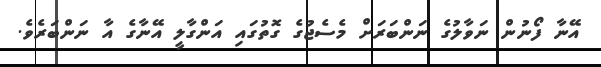
އޭނާ ފޯނުން ނަވާލުގެ ނަންބަރަށް މެސެޖުގެ ގޮތުގައި އަންގާލީ އޭނާގެ އާ ނަންބަރެވެ.